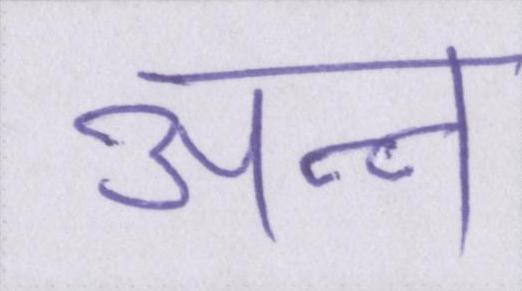
अन्न